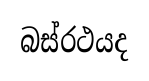
බස්රථයද